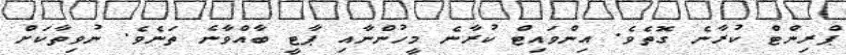
ޕްރިންޓް ކުރާނެ ގޮތެވެ. އިންވައިޓް ކުރާނެ މީހުންނާއި ޕާޓީ ބާއްވާނެ ތަނެވެ. ނުވިތާކަށް